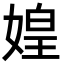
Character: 媓